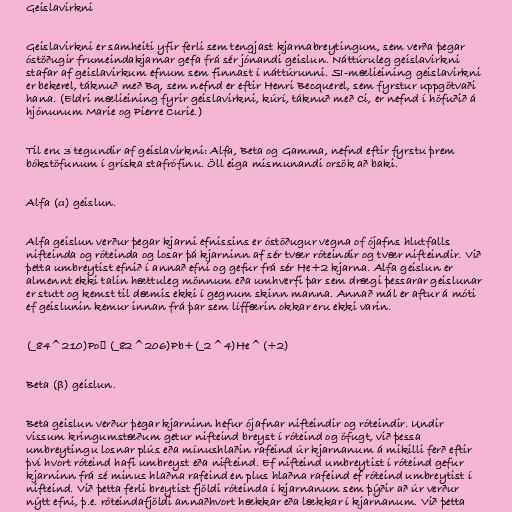
Geislavirkni

Geislavirkni er samheiti yfir ferli sem tengjast kjarnabreytingum, sem verða þegar
óstöðugir frumeindakjarnar gefa frá sér jónandi geislun. Náttúruleg geislavirkni
stafar af geislavirkum efnum sem finnast í náttúrunni. SI-mælieining geislavirkni
er bekerel, táknuð með Bq, sem nefnd er eftir Henri Becquerel, sem fyrstur uppgötvaði
hana. (Eldri mælieining fyrir geislavirkni, kúrí, táknuð með Ci, er nefnd í höfuðið á
hjónunum Marie og Pierre Curie.)

Til eru 3 tegundir af geislavirkni: Alfa, Beta og Gamma, nefnd eftir fyrstu þrem
bókstöfunum í gríska stafrófinu. Öll eiga mismunandi orsök að baki.

Alfa (α) geislun.

Alfa geislun verður þegar kjarni efnissins er óstöðugur vegna of ójafns hlutfalls
nifteinda og róteinda og losar þá kjarninn af sér tvær róteindir og tvær nifteindir. Við
þetta umbreytist efnið í annað efni og gefur frá sér He+2 kjarna. Alfa geislun er
almennt ekki talin hættuleg mönnum eða umhverfi þar sem drægi þessarar geislunar
er stutt og kemst til dæmis ekki í gegnum skinn manna. Annað mál er aftur á móti
ef geislunin kemur innan frá þar sem líffærin okkar eru ekki varin.

(_84^210)Po→ (_82^206)Pb+(_2^4)He^(+2)

Beta (β) geislun.

Beta geislun verður þegar kjarninn hefur ójafnar nifteindir og róteindir. Undir
vissum kringumstæðum getur nifteind breyst í róteind og öfugt, við þessa
umbreytingu losnar plús eða mínushlaðin rafeind úr kjarnanum á mikilli ferð eftir
því hvort róteind hafi umbreyst eða nifteind. Ef nifteind umbreytist í róteind gefur
kjarninn frá sé minus hlaðna rafeind en plus hlaðna rafeind ef róteind umbreytist í
nifteind. Við þetta ferli breytist fjöldi róteinda í kjarnanum sem þýðir að úr verður
nýtt efni, þ.e. róteindafjöldi annaðhvort hækkar eða lækkar í kjarnanum. Við þetta